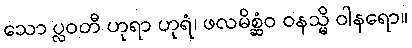
သော ပ္လဝတီ ဟုရာ ဟုရံ၊ ဖလမိစ္ဆံဝ ဝနသ္မိ ဝါနရော။